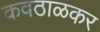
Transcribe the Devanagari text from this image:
कवठाळकर